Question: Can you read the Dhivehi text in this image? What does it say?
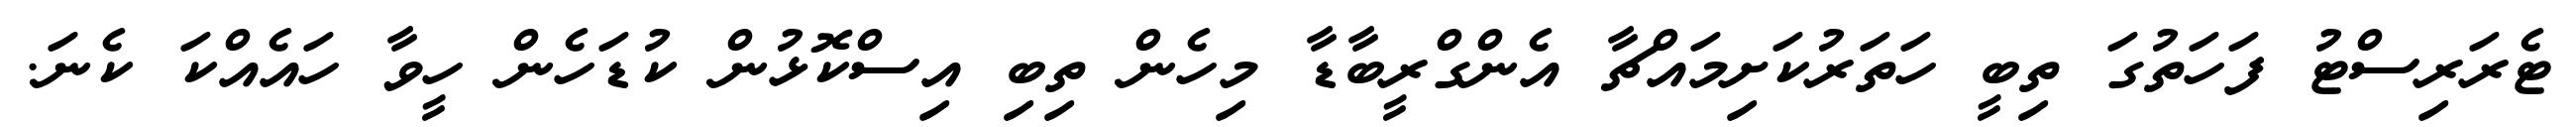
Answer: ޓެރަރިސްޓު ފަހަތުގަ ތިބީ ހަތަރުކަށިމައްޗާ އެންގްރީބާޑާ މިހެން ތިބި އިސްކޮޅުން ކުޑަހެން ހީވާ ހައެއްކަ ކެނަ.